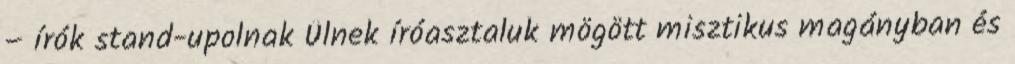
– írók stand-upolnak Ülnek íróasztaluk mögött misztikus magányban és